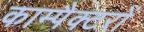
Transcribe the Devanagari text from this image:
काम्पैक्टरों